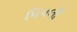
પિપલી